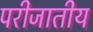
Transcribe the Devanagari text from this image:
परीजातीय